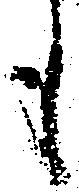
も